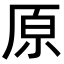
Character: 原